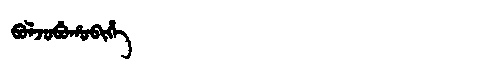
Manchu: ᠪᠣᠯᠵᠣᠪᡠᡥᠣᠪᡳᡥᡝ
Romanization: BOLJOBUHOBIHE